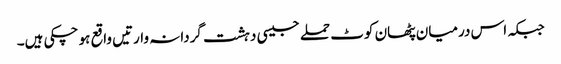
جبکہ اس درمیان پٹھان کوٹ حملے جیسی دہشت گردانہ وارتیں واقع ہو چکی ہیں۔